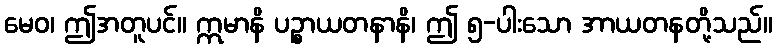
မေဝ၊ ဤအတူပင်။ ဣမာနိ ပဉ္စာယတနာနိ၊ ဤ ၅-ပါးသော အာယတနတို့သည်။